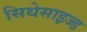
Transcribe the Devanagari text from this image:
सिथेसाइज्ड